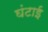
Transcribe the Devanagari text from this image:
घंटाई